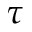
\tau